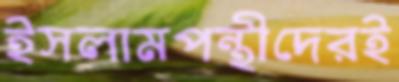
ইসলামপন্থীদেরই